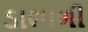
ડાભાળી